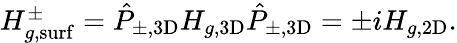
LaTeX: \begin{array}{r}{H_{g,\mathrm{surf}}^{\pm}=\hat{P}_{\pm,\mathrm{3D}}H_{g,\mathrm{3D}}\hat{P}_{\pm,\mathrm{3D}}=\pm iH_{g,\mathrm{2D}}.}\end{array}